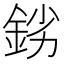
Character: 𨦒